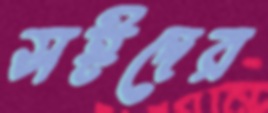
সঈদের